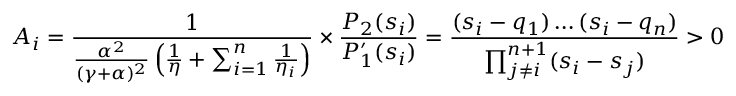
A _ { i } = \frac { 1 } { \frac { \alpha ^ { 2 } } { ( \gamma + \alpha ) ^ { 2 } } \left( \frac { 1 } { \eta } + \sum _ { i = 1 } ^ { n } \frac { 1 } { \eta _ { i } } \right) } \times \frac { P _ { 2 } ( s _ { i } ) } { P _ { 1 } ^ { \prime } ( s _ { i } ) } = \frac { ( s _ { i } - q _ { 1 } ) \ldots ( s _ { i } - q _ { n } ) } { \prod _ { j \ne i } ^ { n + 1 } ( s _ { i } - s _ { j } ) } > 0